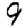
Digit: 9